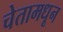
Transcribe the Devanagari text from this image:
चेतामधून